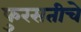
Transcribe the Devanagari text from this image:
फुरसतीचे